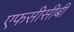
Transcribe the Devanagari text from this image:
एफसीसीबी